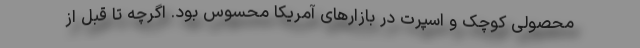
محصولی کوچک و اسپرت در بازارهای آمریکا محسوس بود. اگرچه تا قبل از